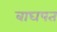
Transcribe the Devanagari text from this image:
बाघपत